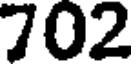
702